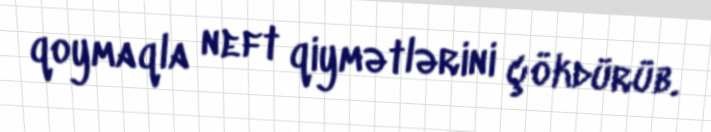
qoymaqla neft qiymətlərini çökdürüb.